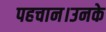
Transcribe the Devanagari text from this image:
पहचान।उनके